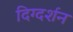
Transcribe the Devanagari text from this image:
दिग्‍दर्शन